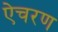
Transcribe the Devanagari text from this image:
ऐचरण